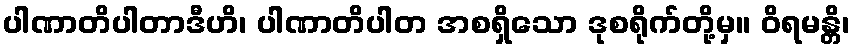
ပါဏာတိပါတာဒီဟိ၊ ပါဏာတိပါတ အစရှိသော ဒုစရိုက်တို့မှ။ ဝိရမန္တိ၊